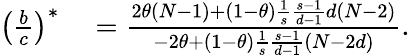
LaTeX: \begin{array}{rl}{\left(\frac{b}{c}\right)^{\ast}}&{{}=\frac{2\theta\left(N-1\right)+\left(1-\theta\right)\frac{1}{s}\frac{s-1}{d-1}d\left(N-2\right)}{-2\theta+\left(1-\theta\right)\frac{1}{s}\frac{s-1}{d-1}\left(N-2d\right)}.}\end{array}